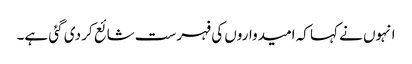
انہوں نے کہا کہ امیدواروں کی فہرست شائع کر دی گئی ہے۔